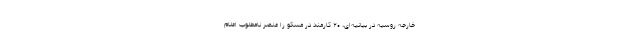
خارجه روسیه در بیانیه‌ای، ۲۰ کارمند در مسکو را عنصر نامطلوب اعلام